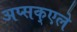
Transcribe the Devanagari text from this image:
अप्सक्एले